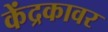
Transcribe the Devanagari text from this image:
केंद्रकावर